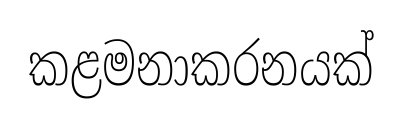
කළමනාකරනයක්